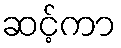
ဆင့်ကာ